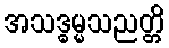
အသဒ္ဓမ္မသညတ္တိ